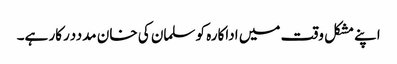
اپنے مشکل وقت میں اداکارہ کو سلمان کی خان مدددرکار ہے۔